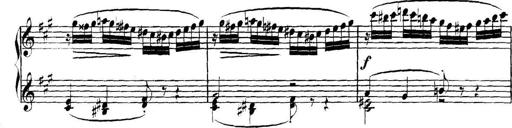
Title: Collected Piano Sonatas
Composer: Muzio Clementi